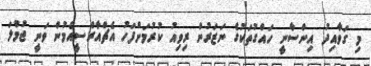
މި ގަވާއިދު އިންސާނީ ހައްގުތަކުގެ ނަޒަރުން ރިވިއު ކުރުމަށްފަހު އެޗްއާރްސީއެމުން ވަނީ ޖުމްލަ